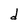
Character: d